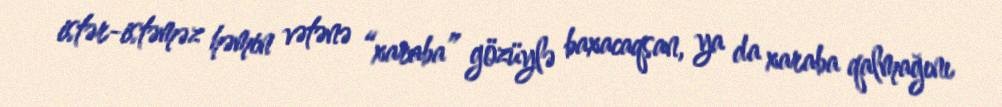
istər-istəməz həmin vətənə “xaraba” gözüylə baxacaqsan, ya da xaraba qalmağını